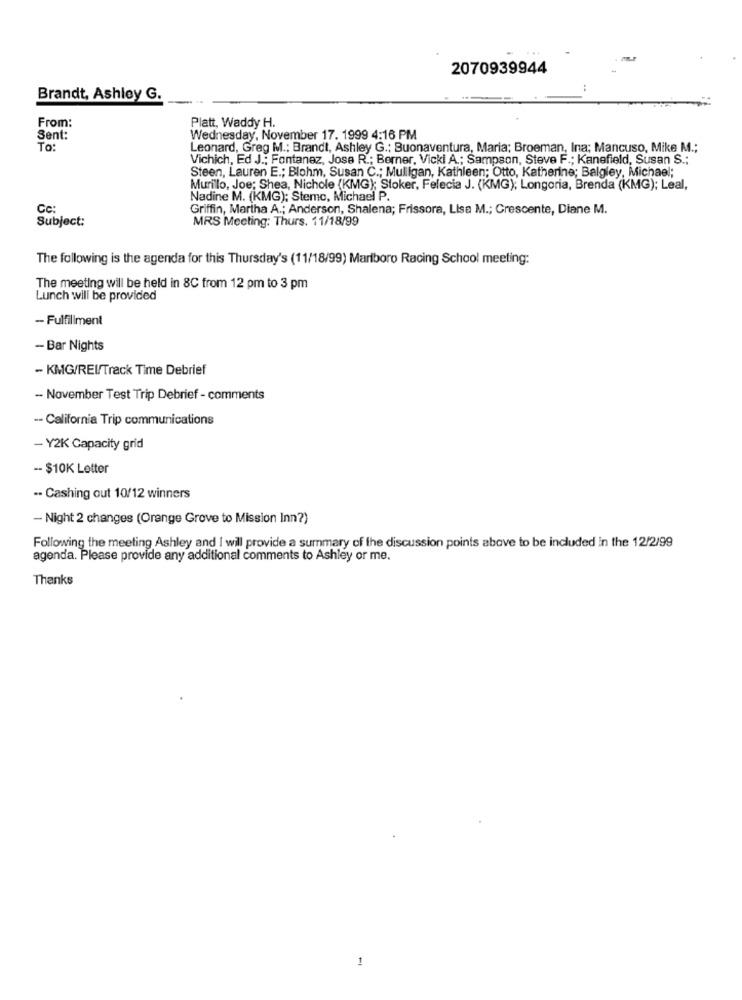
2070939944
Brandt, Ashley G.
From:
Platt, Waddy H.
Sent:
Wednesday, November 17. 1999 4:16 PM
TO:
Leonard, Greg M .; Brandt, Ashley G .: Buonaventura, Maria; Broeman, Ina; Mancuso, Mike M .;
Vichich, Ed J .; Fontanez, Jose R .; Berner, Vicki A .; Sampson, Steve F .; Kanefield, Susan S .;
Steen, Lauren E .; Blohm, Susan C .; Mulligan, Kathleen; Otto, Katherine; Balgley, Michael;
Murilo, Joe; Shea, Nichole (KMG); Stoker, Felecia J. (KMG); Longoria, Brenda (KMG); Leal,
Nadine M. (KMG); Stemo, Michael P.
Cc:
Griffin, Martha A .; Anderson, Shalena; Frissora, Lisa M .; Crescente, Diane M.
Subject:
MRS Meeting: Thurs. 11/18/99
The following is the agenda for this Thursday's (11/18/99) Marlboro Racing School meeting:
The meeting will be held in 8C from 12 pm to 3 pm
Lunch will be provided
- Fulfillment
- Bar Nights
- KMG/REI/Track Time Debrief
- November Test Trip Debrief - comments
-- California Trip communications
- Y2K Capacity grid
-- $10K Letter
-. Cashing out 10/12 winners
- Night 2 changes (Orange Grove to Mission Inn?)
Following the meeting Ashley and I will provide a summary of the discussion points above to be included in the 12/2/99
agenda. Please provide any additional comments to Ashley or me.
Thanks
1